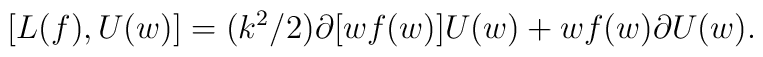
[L(f), U(w)]=(k^2/2)\partial [wf(w)]U(w)+wf(w)\partial U(w).